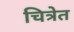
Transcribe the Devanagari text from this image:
चित्रेत